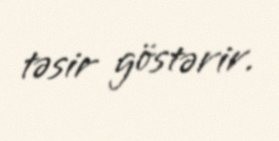
təsir göstərir.